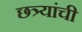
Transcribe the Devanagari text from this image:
छत्र्यांची